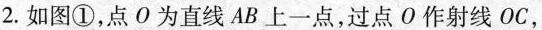
2.如图①，点O为直线AB上一点，过点O作射线OC，